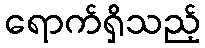
ရောက်ရှိသည့်